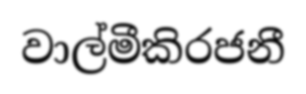
වාල්මීකිරජනී